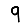
Digit: 9